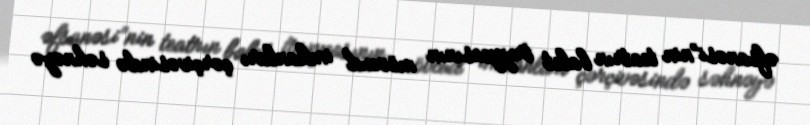
əfsanəsi”nin teatrın balet truppasının mövcud imkanları çərçivəsində səhnəyə